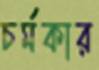
চর্মকার